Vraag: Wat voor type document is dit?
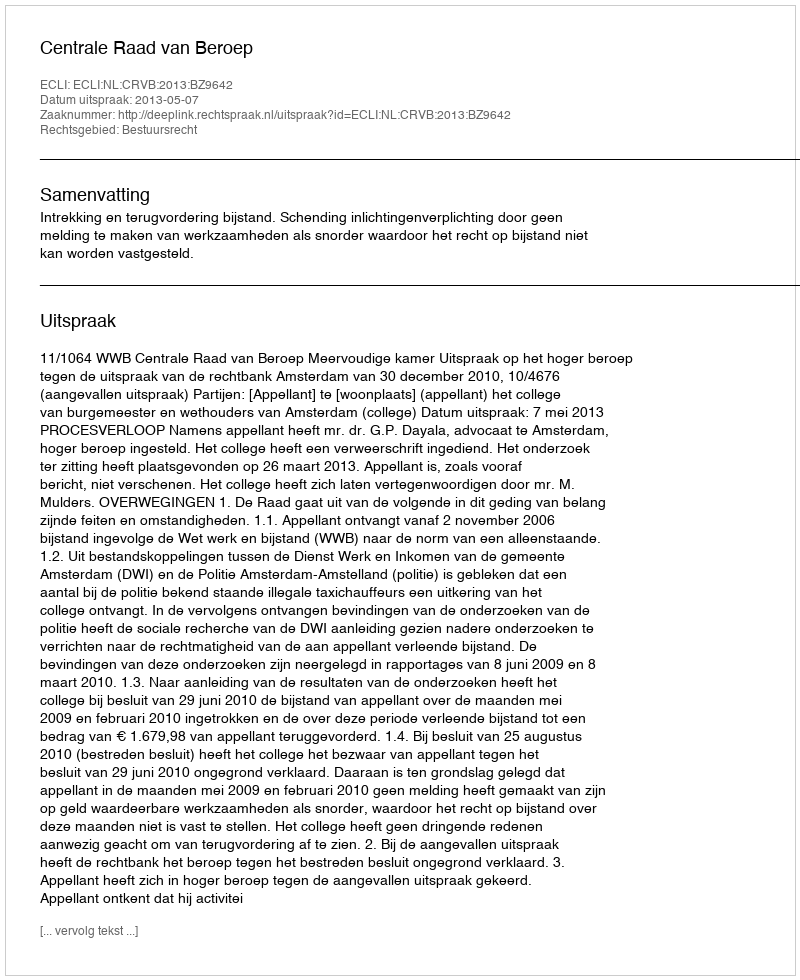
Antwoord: Uitspraak